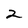
Character: 2